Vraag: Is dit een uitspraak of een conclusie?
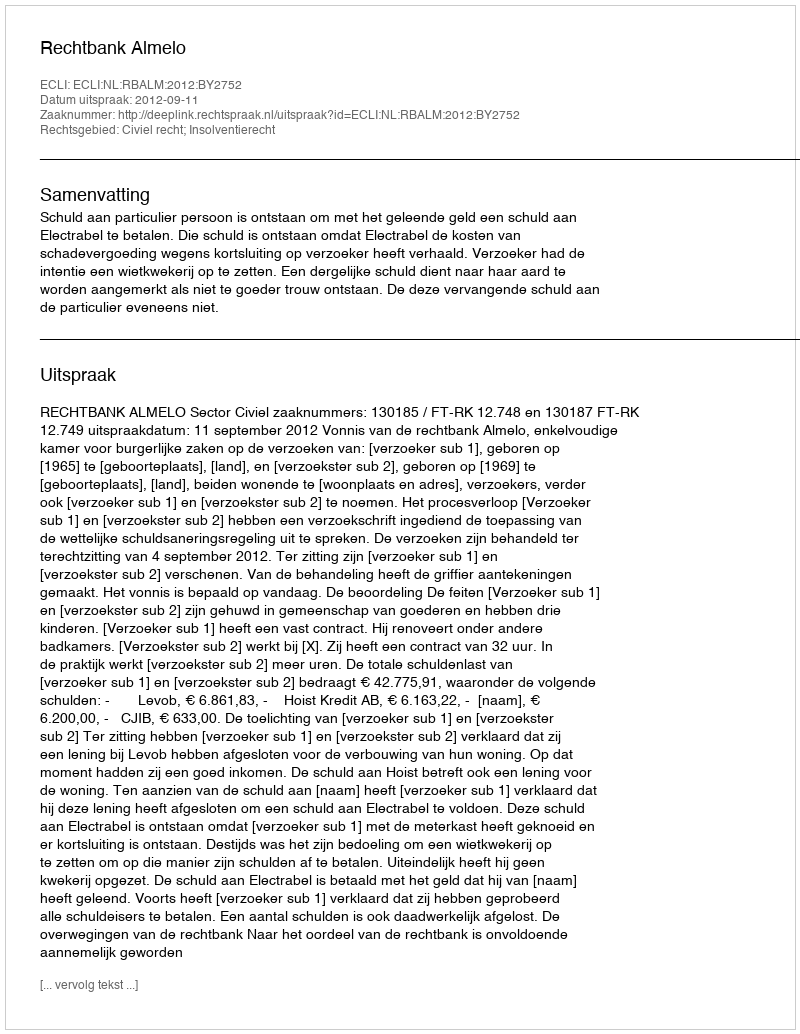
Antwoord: Uitspraak